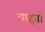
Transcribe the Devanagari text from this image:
वाहतां